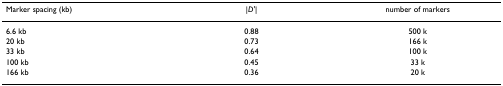
| Marker spacing (kb) | |D'| | number of markers |
 | --- | --- | --- |
 | 6.6 kb | 0.88 | 500 k |
 | 20 kb | 0.73 | 166 k |
 | 33 kb | 0.64 | 100 k |
 | 100 kb | 0.45 | 33 k |
 | 166 kb | 0.36 | 20 k |